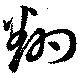
翻